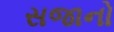
સજાનો